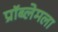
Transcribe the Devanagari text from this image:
प्रॉब्लेमला